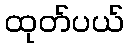
ထုတ်ပယ်